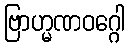
ဗြာဟ္မဏဝဂ္ဂေါ